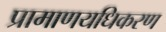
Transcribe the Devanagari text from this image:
प्रामाणयधिकरण